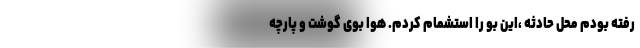
رفته بودم محل حادثه ،این بو را استشمام کردم. هوا بوی گوشت و پارچه